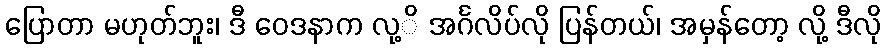
ပြောတာ မဟုတ်ဘူး၊ ဒီ ဝေဒနာက လု့ိ အင်္ဂလိပ်လို ပြန်တယ်၊ အမှန်တော့ လို့ ဒီလို